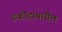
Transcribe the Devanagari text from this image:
डकोटामधील